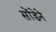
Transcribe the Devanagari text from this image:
सोंडेने